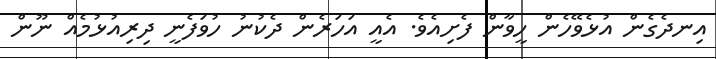
އިނދެގެން އުޅެވޭހެން ހީވާން ފެށިއެވެ. އެއީ އަހަރެން ދެކުނު ހުވަފެނީ ދިރިއުޅުމެއް ނޫން